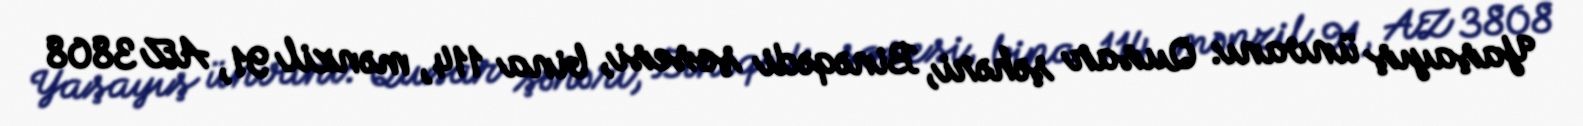
Yaşayış ünvanı: Qusar şəhəri, Binəqədi şosesi, bina 114, mənzil 91, AZ 3808